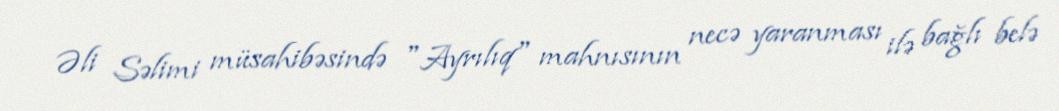
Əli Səlimi müsahibəsində "Ayrılıq" mahnısının necə yaranması ilə bağlı belə